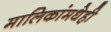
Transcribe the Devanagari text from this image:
मालिकांमधेही